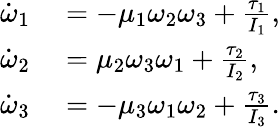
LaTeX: \begin{array}{rl}{\dot{\omega}_{1}}&{{}=-\mu_{1}\omega_{2}\omega_{3}+\frac{\tau_{1}}{I_{1}},}\\ {\dot{\omega}_{2}}&{{}=\mu_{2}\omega_{3}\omega_{1}+\frac{\tau_{2}}{I_{2}},}\\ {\dot{\omega}_{3}}&{{}=-\mu_{3}\omega_{1}\omega_{2}+\frac{\tau_{3}}{I_{3}}.}\end{array}